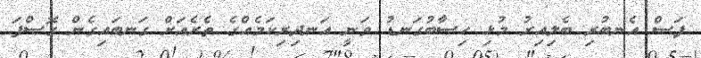
ފަސް އެނބުރި ބެލިއިރު މުޅި ހިސާބުގަނޑު ވަނީ އަނދިރިކަމެއްގެ ތެރެއަށް ގަނބައިގެން ގޮސްފަ